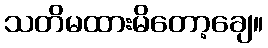
သတိမထားမိတော့ချေ။